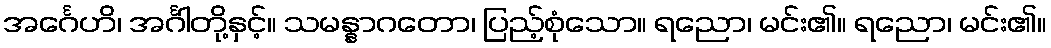
အင်္ဂေဟိ၊ အင်္ဂါတို့နှင့်။ သမန္နာဂတော၊ ပြည့်စုံသော။ ရညော၊ မင်း၏။ ရညော၊ မင်း၏။